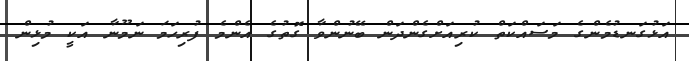
އަޅުގަނޑުމެންގެ މަސައްކަތް ކުރިއަށްގެންދަން ބޭނުންވާ ގޮތުގެ އެންމެ ފުރިހަމަ ނަމޫނާ އަކީ މުޅިން